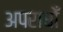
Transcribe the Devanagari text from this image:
अपराधोँ